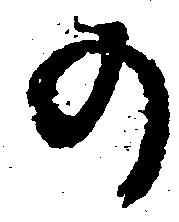
の